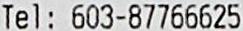
TEL : 603-87766625